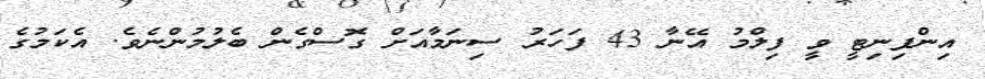
އިންފިނިޓީ ވީ ފިލްމު އޭނާ 43 ފަހަރު ސިނަމާއަށް ގޮސްގެން ބެލުމުންނެވެ. އެކަމުގެ